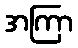
အကြာ